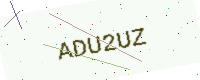
Text: ADU2UZ